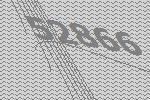
52866